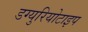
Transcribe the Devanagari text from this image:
डग्युरियोटाइप